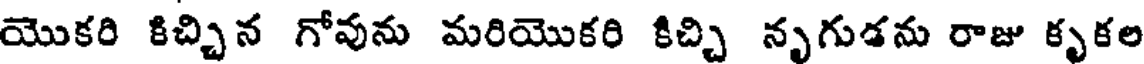
యొకరి కిచ్చిన గోవును మరియొకరి కిచ్చి నృగుడను రాజు కృకల